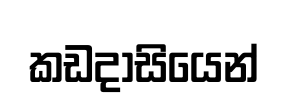
කඩදාසියෙන්